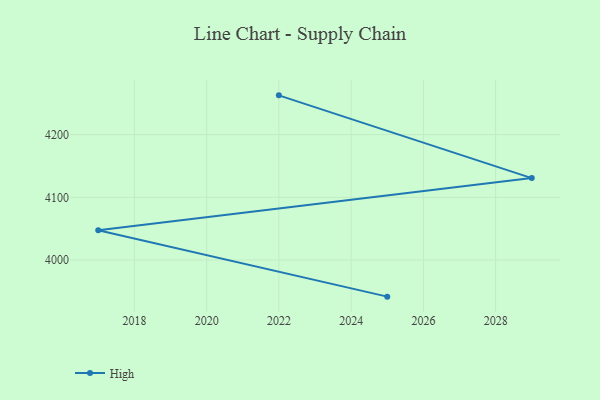
{"axis": {"x": "Year", "y": "Production Output"}, "legend": ["High"], "data": [{"x": "2025", "y": 3941.5, "type": "High"}, {"x": "2017", "y": 4047.3, "type": "High"}, {"x": "2029", "y": 4130.7, "type": "High"}, {"x": "2022", "y": 4262.7, "type": "High"}]}